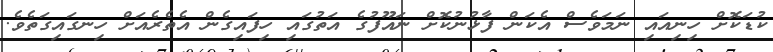
ކުޑަކޮށް ހިނިއައި ނަމަވެސް އެކަން ފާޅުނުކޮށް ނައޫފުގެ އަތުގައި ހިފައިގެން އެތެރެއަށް ހިނގައިގަތެވެ.